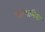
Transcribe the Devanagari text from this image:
लाम्पलिया